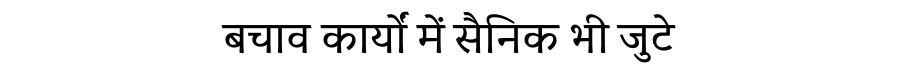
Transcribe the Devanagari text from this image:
बचाव कार्यों में सैनिक भी जुटे